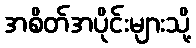
အစိတ်အပိုင်းများသို့